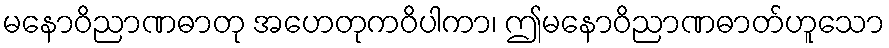
မနောဝိညာဏဓာတု အဟေတုကဝိပါကာ၊ ဤမနောဝိညာဏဓာတ်ဟူသော